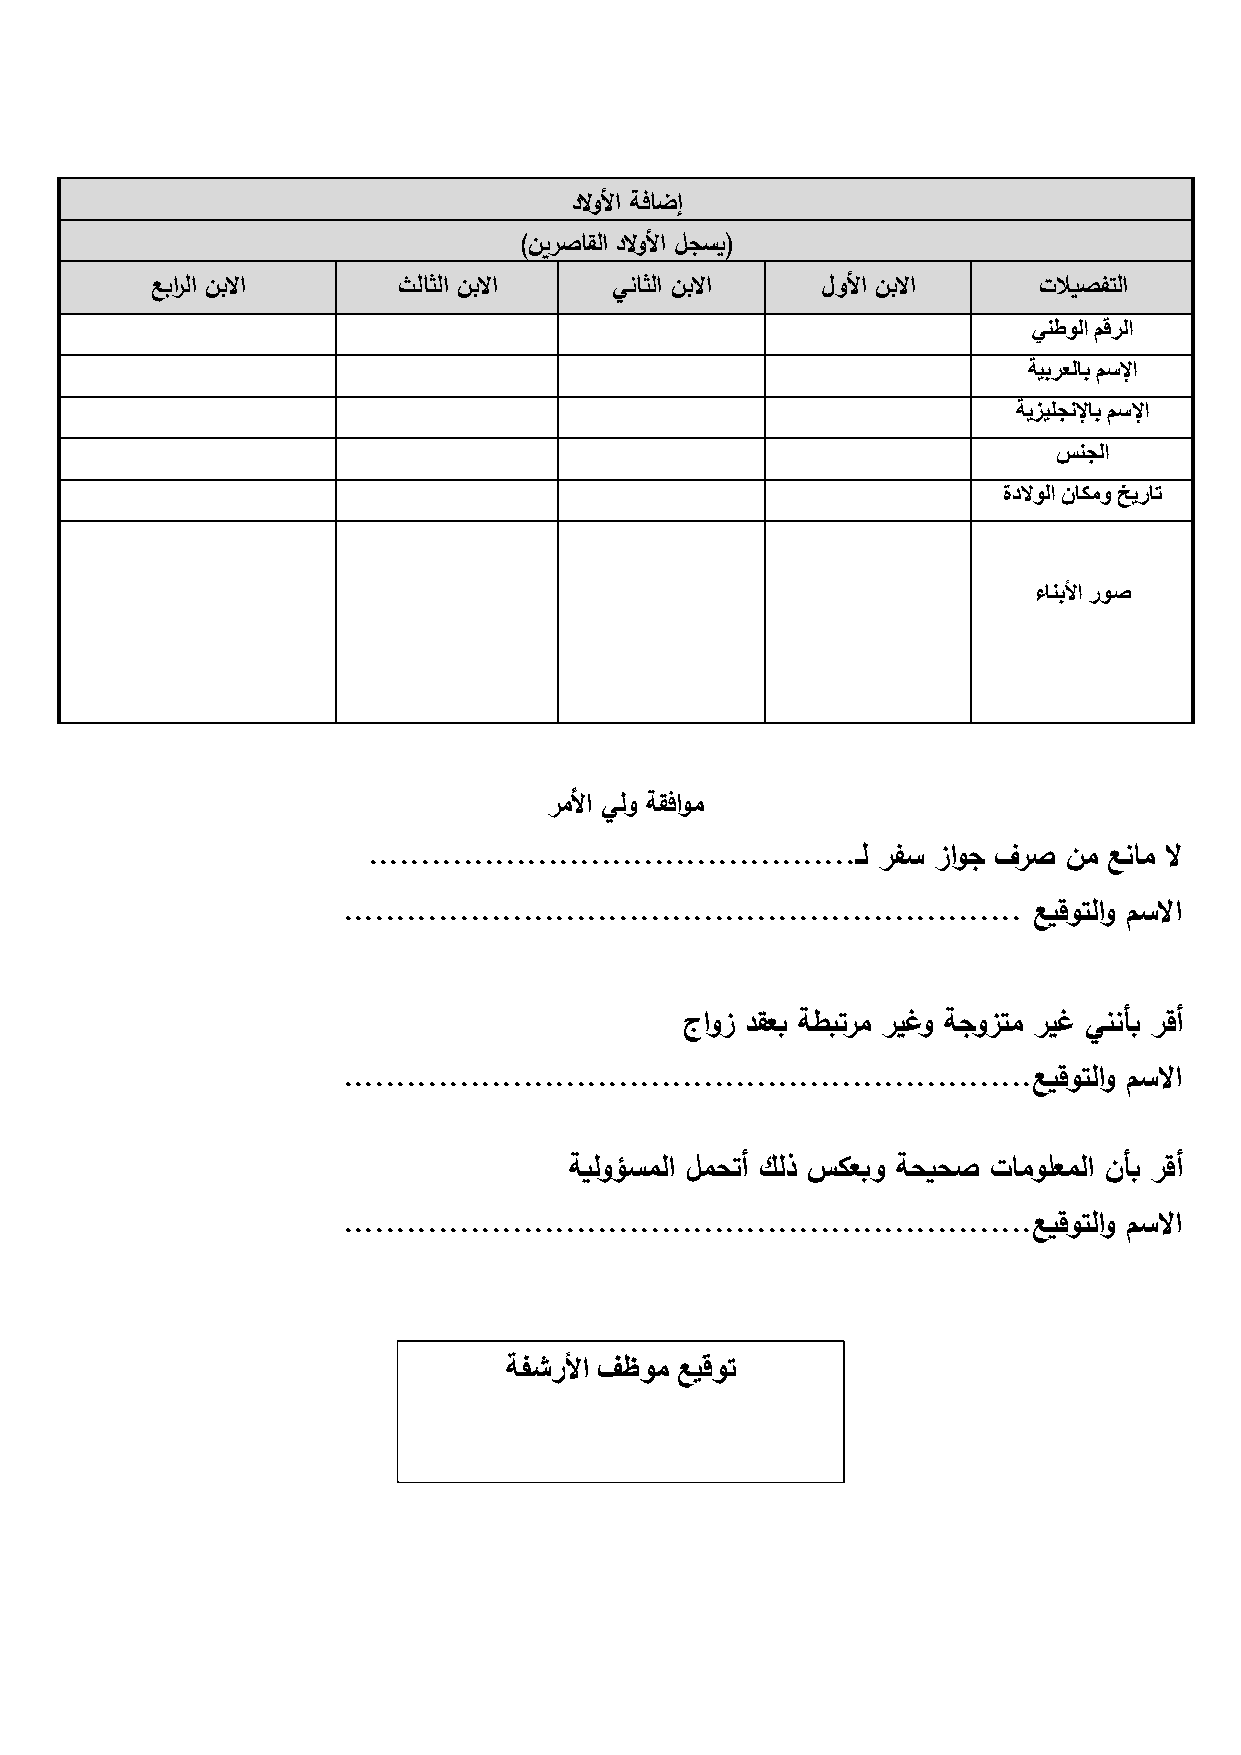
دلاولأا ةفاضإ
 )نيرصاقلا دلاولأا لجسي(
 عبرالا نبلاا    ثلاثلا نبلاا   يناثلا نبلاا لولأا نبلاا    تلايصفتلا
 ينطولا مقرلا
 ةيبرعلاب مسلإا
 ةيزيلجنلإاب مسلإا
 سنجلا
 ةدلاولا ناكمو خيرات
 ءانبلأا روص
 رملأا يلو ةقفاوم
 ..............................................ـل رفس زاوج فرص نم عنام لا
 ................................................................ عيقوتلاو مسلاا
 جاوز دقعب ةطبترم ريغو ةجوزتم ريغ يننأب رقأ
 .................................................................عيقوتلاو مسلاا
 ةيلوؤسملا لمحتأ كلذ سكعبو ةحيحص تامولعملا نأب رقأ
 .................................................................عيقوتلاو مسلاا
 ةفشرلأا فظوم عيقوت